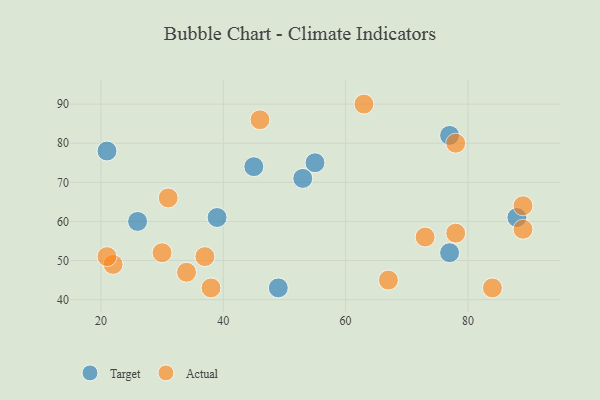
{"axis": {"x": "GDP", "y": "Life Expectancy"}, "legend": ["Actual", "Target"], "data": [{"x": "39", "y": 61, "type": "Target"}, {"x": "21", "y": 78, "type": "Target"}, {"x": "55", "y": 75, "type": "Target"}, {"x": "88", "y": 61, "type": "Target"}, {"x": "26", "y": 60, "type": "Target"}, {"x": "77", "y": 52, "type": "Target"}, {"x": "49", "y": 43, "type": "Target"}, {"x": "53", "y": 71, "type": "Target"}, {"x": "45", "y": 74, "type": "Target"}, {"x": "77", "y": 82, "type": "Target"}, {"x": "73", "y": 56, "type": "Actual"}, {"x": "78", "y": 80, "type": "Actual"}, {"x": "30", "y": 52, "type": "Actual"}, {"x": "84", "y": 43, "type": "Actual"}, {"x": "89", "y": 58, "type": "Actual"}, {"x": "46", "y": 86, "type": "Actual"}, {"x": "37", "y": 51, "type": "Actual"}, {"x": "63", "y": 90, "type": "Actual"}, {"x": "38", "y": 43, "type": "Actual"}, {"x": "31", "y": 66, "type": "Actual"}, {"x": "89", "y": 64, "type": "Actual"}, {"x": "78", "y": 57, "type": "Actual"}, {"x": "22", "y": 49, "type": "Actual"}, {"x": "67", "y": 45, "type": "Actual"}, {"x": "21", "y": 51, "type": "Actual"}, {"x": "34", "y": 47, "type": "Actual"}]}